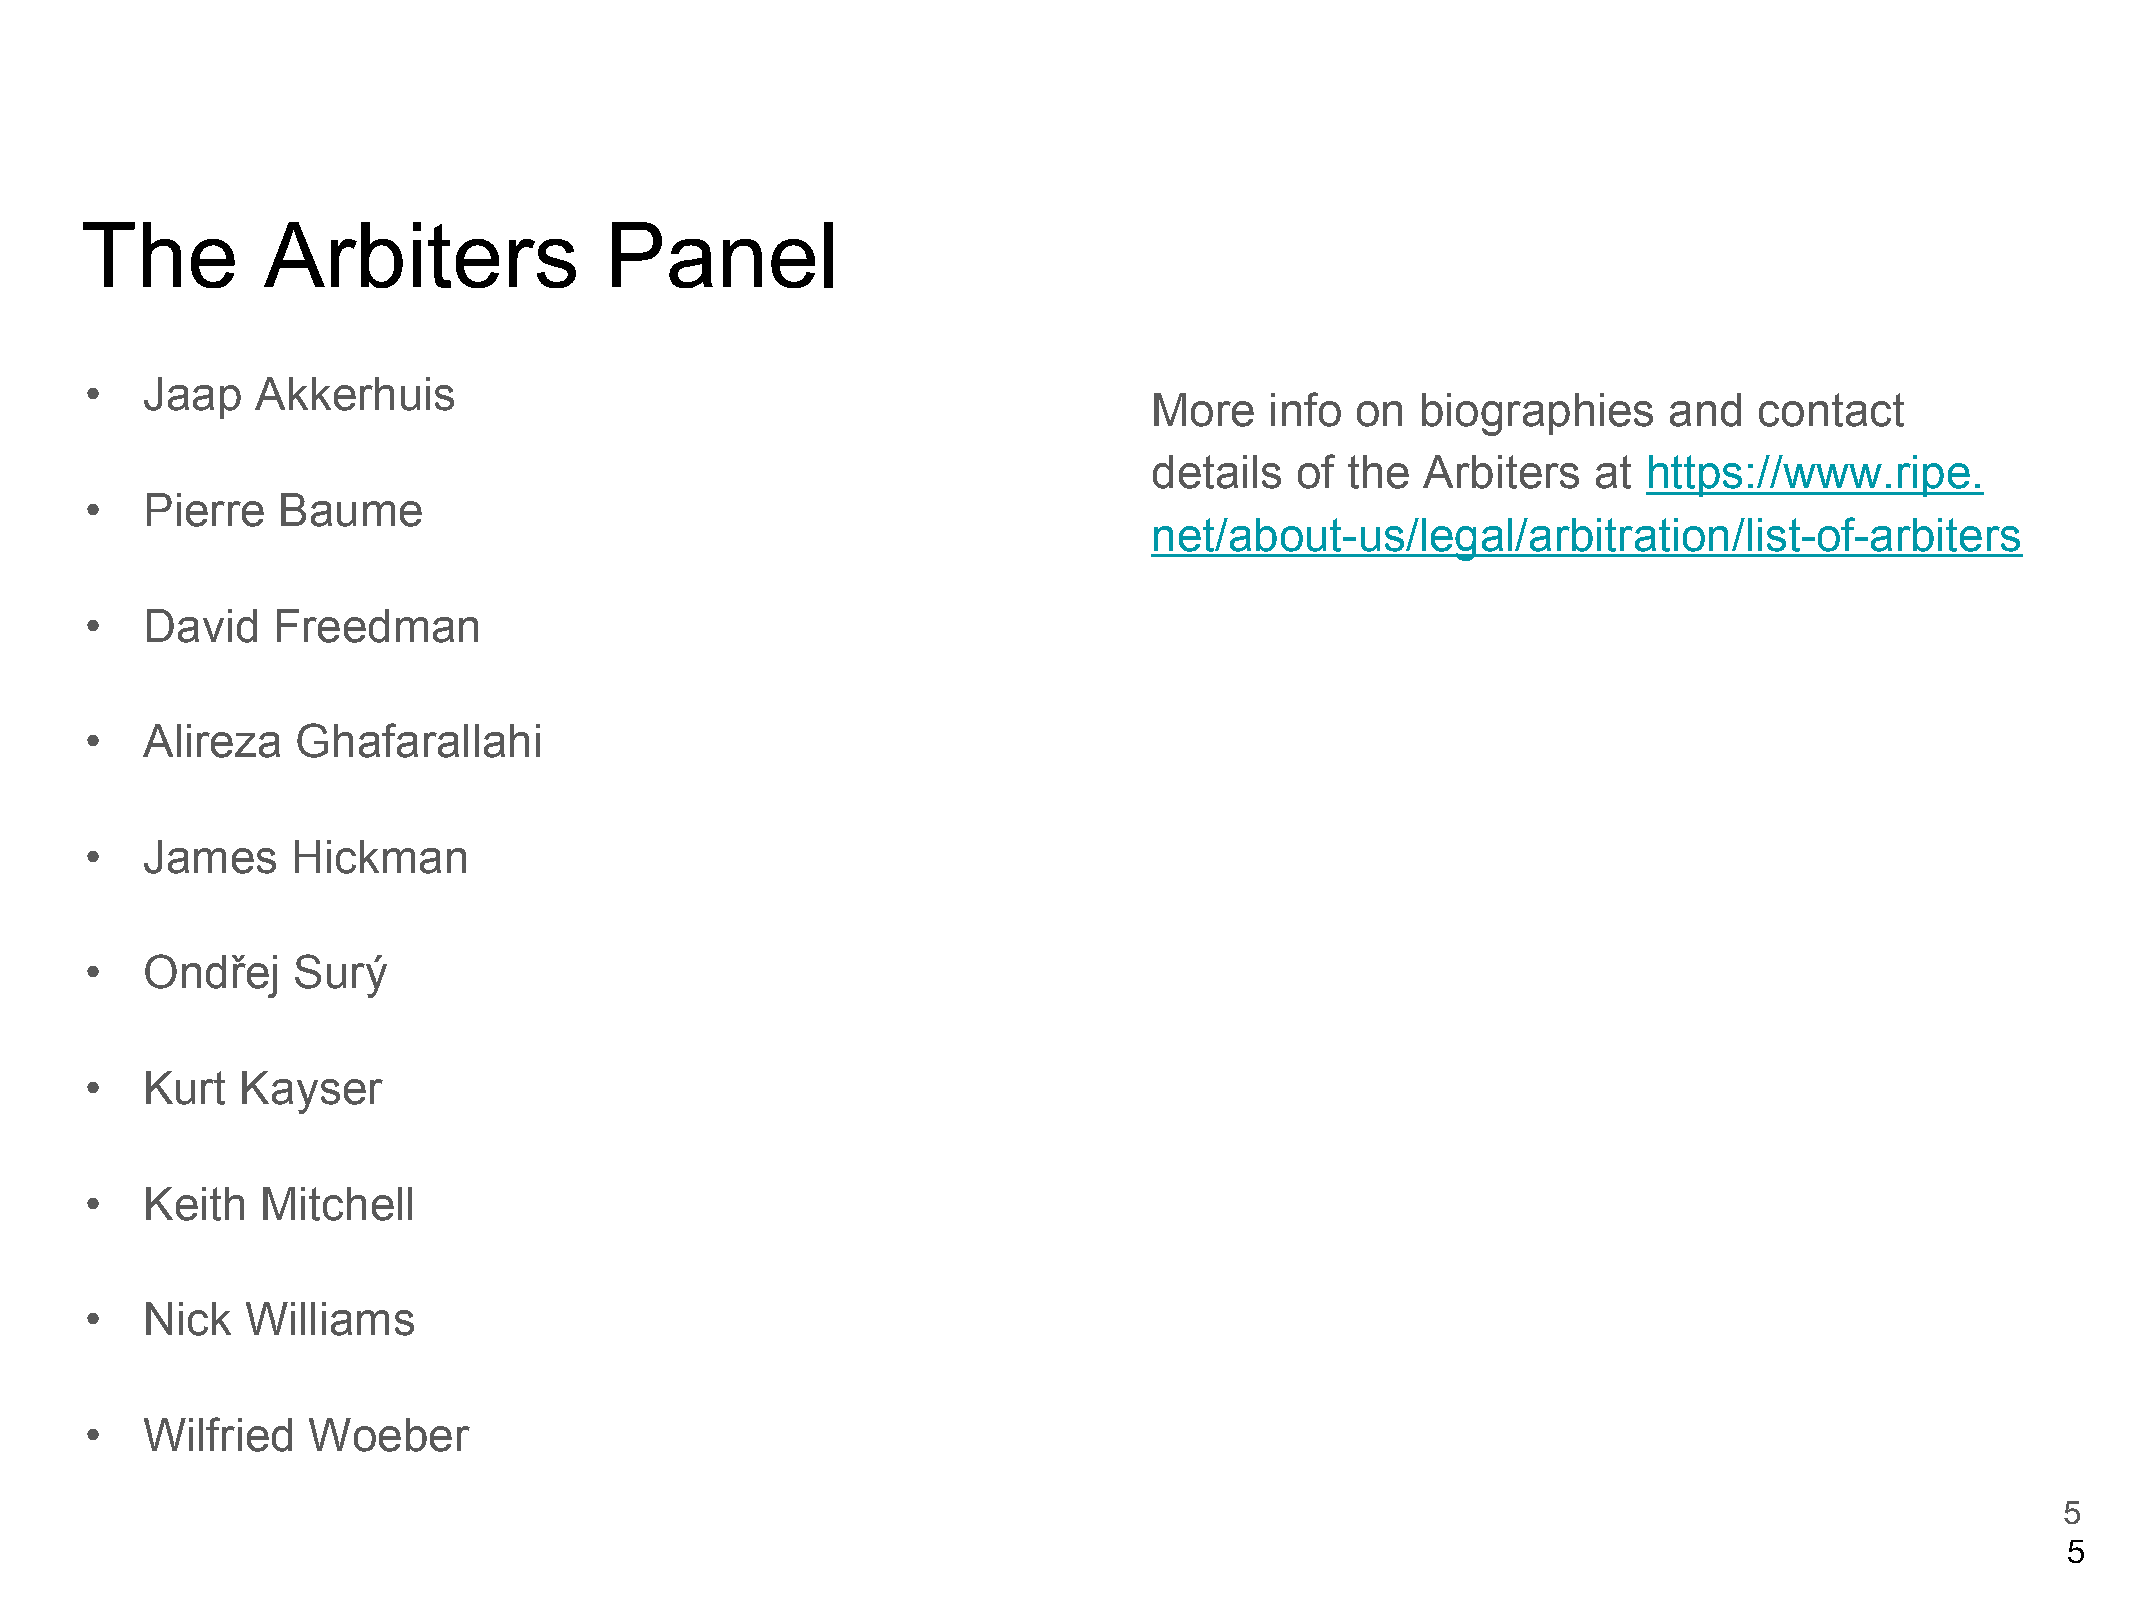
The         Arbiters               Panel
 •  Jaap    Akkerhuis
 More    info  on  biographies     and   contact
 details   of the  Arbiters    at https://www.ripe.
 •  Pierre   Baume
 net/about-us/legal/arbitration/list-of-arbiters
 •  David    Freedman
 •  Alireza    Ghafarallahi
 •  James     Hickman
 •  Ondřej    Surý
 •  Kurt   Kayser
 •  Keith   Mitchell
 •  Nick   Williams
 •  Wilfried   Woeber
 5
 5